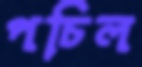
পচিল